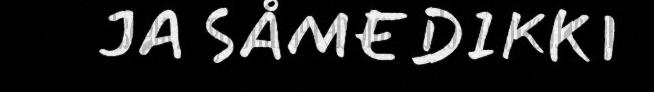
JA SÅMEDIKKI